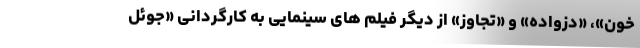
خون»، «دزواده» و «تجاوز» از دیگر فیلم های سینمایی به کارگردانی «جوئل